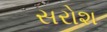
સરોશ